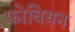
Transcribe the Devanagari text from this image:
फ़ोवियन